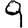
Digit: 9